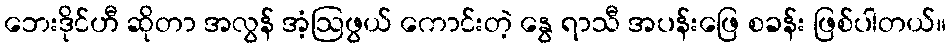
ဘေးဒိုင်ဟီ ဆိုတာ အလွန် အံ့ဩဖွယ် ကောင်းတဲ့ နွေ ရာသီ အပန်းဖြေ စခန်း ဖြစ်ပါတယ်။